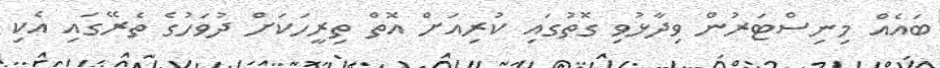
ބައެއް މިނިސްޓަރުން ވިދާޅުވި ގޮތުގައި ކުރިއަށް އޮތް ތިރީހަކަށް ދުވަހުގެ ތެރޭގައި އެކި